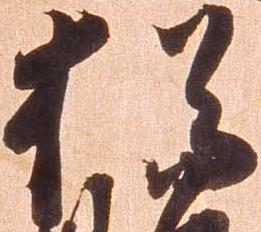
猶